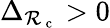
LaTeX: \Delta_{{\mathcal{R}_{\mathrm{{~c~}}}}}>0